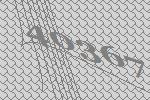
40367